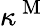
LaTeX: \kappa^{\mathrm{~M~}}